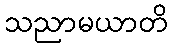
သညာမယာတိ